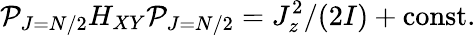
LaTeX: {\cal P}_{J=N/2}H_{XY}{\cal P}_{J=N/2}=J_{z}^{2}/(2I)+\mathrm{const.}